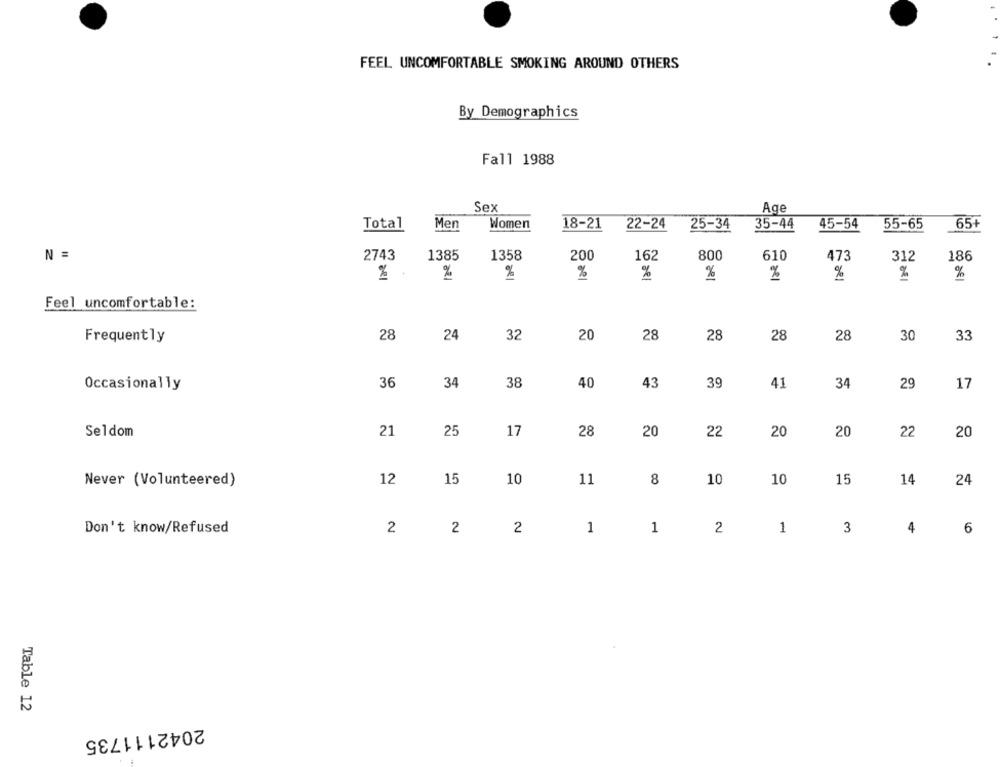
FEEL UNCOMFORTABLE SMOKING AROUND OTHERS
By Demographics
Fall 1988
Sex
Age
Total
Men
Women
18-21
22-24
25-34
35-44
45-54
55-65
65+
N =
2743
1385
1358
200
162
800
610
473
312
186
%
%
%
%
%
%
%
%
Feel uncomfortable:
28
24
32
20
28
28
28
28
30
33
Frequently
36
34
38
40
39
34
17
Occasionally
43
41
29
Seldom
21
25
17
28
20
22
20
20
22
20
Never (Volunteered)
12
15
10
11
8
10
10
15
14
24
Don't know/Refused
2
2
1
1
2
1
3
4
6
2
Table 12
2042111735